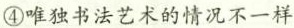
④唯独书法艺术的情况不一样